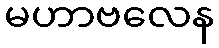
မဟာဗလေန